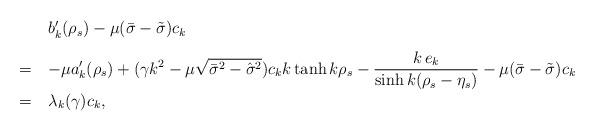
LaTeX: \begin{align*} \begin{array}{rl} &b_k'(\rho_s)-\mu (\bar\sigma-\tilde\sigma)c_k \\ [0.3 cm] = \,& \displaystyle -\mu a_k'(\rho_s)+(\gamma k^2-\mu \sqrt{\bar\sigma^2-\hat\sigma^2})c_k k\tanh k\rho_s - {k\, e_k\over\sinh k(\rho_s-\eta_s)}-\mu (\bar\sigma-\tilde\sigma)c_k \\ [0.3 cm] = \, & \lambda_k(\gamma) c_k, \end{array}\end{align*}